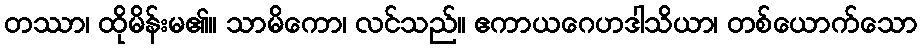
တဿာ၊ ထိုမိန်းမ၏။ သာမိကော၊ လင်သည်။ ဧကာယဂေဟဒါသိယာ၊ တစ်ယောက်သော